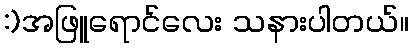
:)အဖြူရောင်လေး သနားပါတယ်။